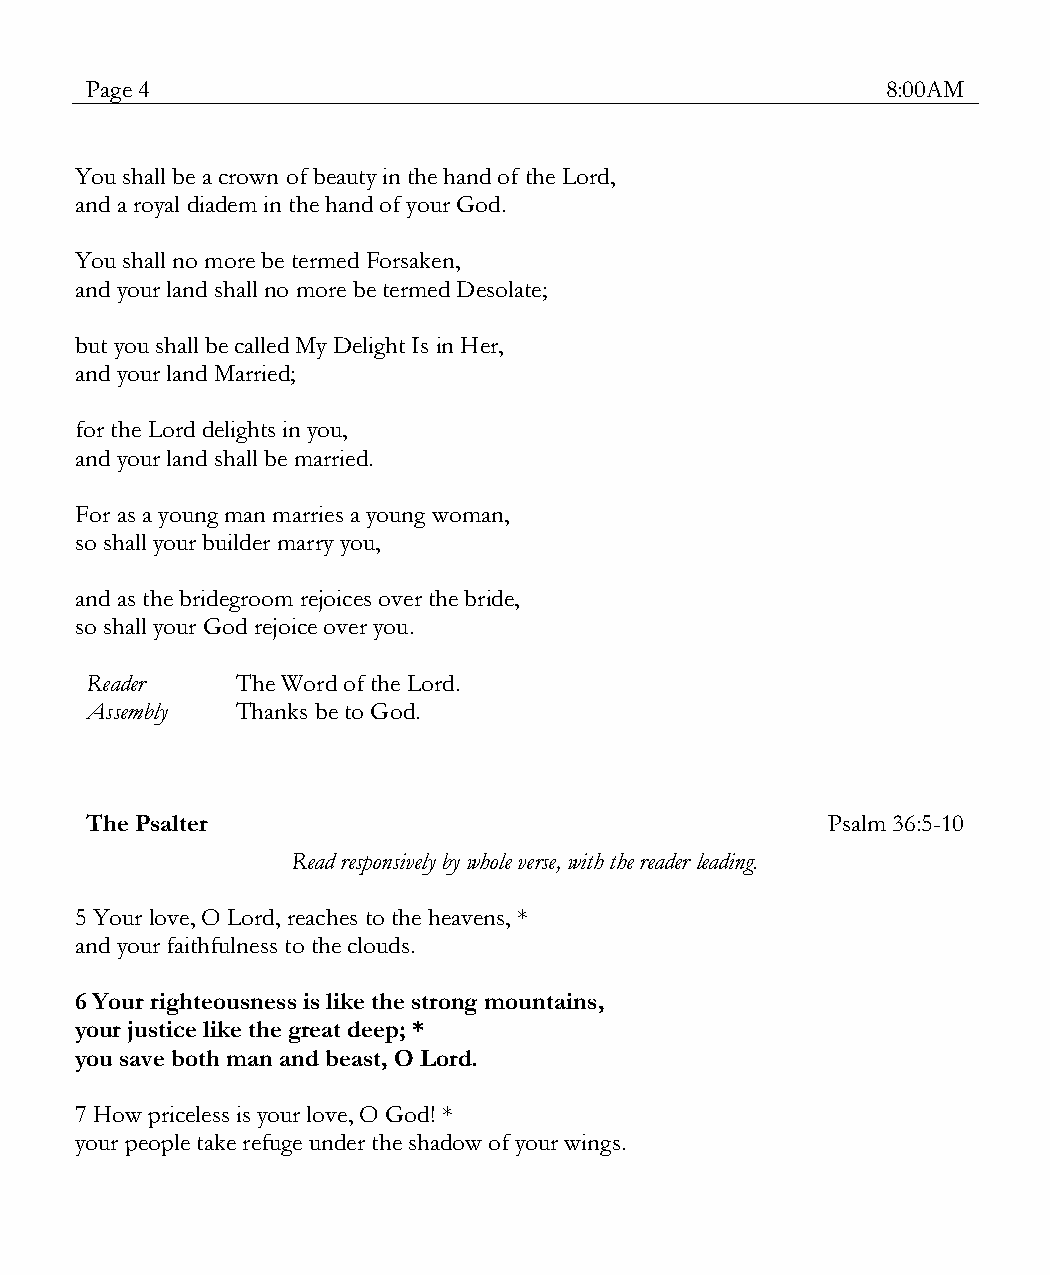
Page 4                                               8:00AM
 You shall be a crown of beauty in the hand of the Lord,
 and a royal diadem in the hand of your God.
 You shall no more be termed Forsaken,
 and your land shall no more be termed Desolate;
 but you shall be called My Delight Is in Her,
 and your land Married;
 for the Lord delights in you,
 and your land shall be married.
 For as a young man marries a young woman,
 so shall your builder marry you,
 and as the bridegroom rejoices over the bride,
 so shall your God rejoice over you.
 Reader    The Word of the Lord.
 Assembly  Thanks be to God.
 The Psalter                                      Psalm 36:5-10
 Read responsively by whole verse, with the reader leading.
 5 Your love, O Lord, reaches to the heavens, *
 and your faithfulness to the clouds.
 6 Your righteousness is like the strong mountains,
 your justice like the great deep; *
 you save both man and beast, O Lord.
 7 How priceless is your love, O God! *
 your people take refuge under the shadow of your wings.